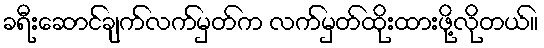
ခရီးဆောင်ချက်လက်မှတ်က လက်မှတ်ထိုးထားဖို့လိုတယ်။